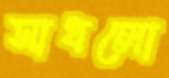
সাধলো